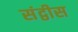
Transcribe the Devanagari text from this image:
संद्वीस